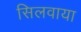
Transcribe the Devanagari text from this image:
सिलवाया